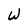
Character: W